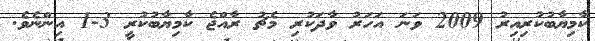
ކާމިޔާބުކުރިއިރު 2009 ވަނަ އަހަރު ވާދަކުރި މެޗު ރާއްޖެ ކާމިޔާބުކުރީ 3-1 އިންނެވެ.